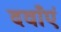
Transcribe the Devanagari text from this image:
दवाँएं